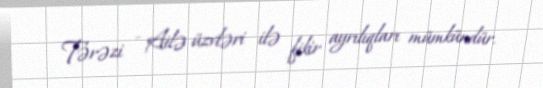
Tərəzi - Ailə üzvləri ilə fikir ayrılıqları mümkündür.